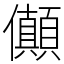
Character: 𠑘